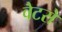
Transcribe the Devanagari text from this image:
वेटरों